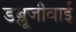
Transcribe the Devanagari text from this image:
डब्लूजीवाई